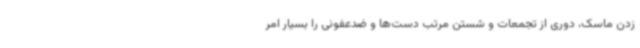
زدن ماسک، دوری از تجمعات و شستن مرتب دست‌ها و ضدعفونی را بسیار امر